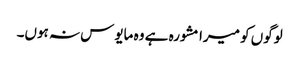
لوگوں کو میرا مشورہ ہے وہ مایوس نہ ہوں۔